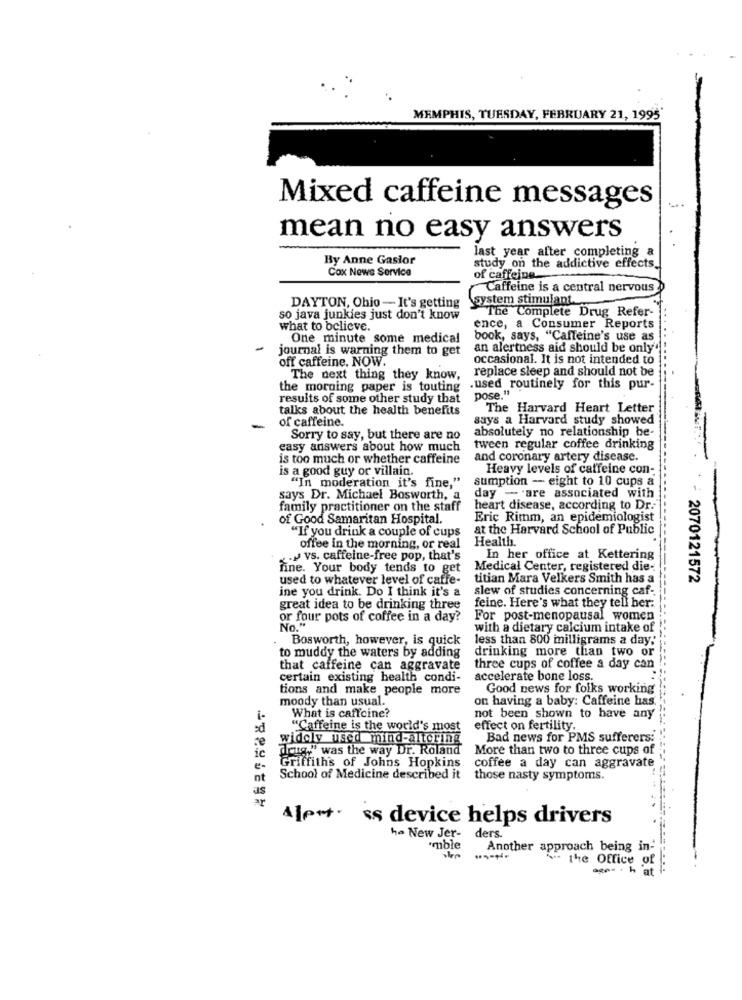
MEMPHIS, TUESDAY, FEBRUARY 21, 1995'
Mixed caffeine messages
mean no easy answers
last year after completing a
By Anne Gasior
Cox News Service
study on the addictive effects.
of caffeine.
Caffeine is a central nervous
system stimulant.
DAYTON, Ohio - It's getting
The Complete Drug Refer-
so java junkies just don't know
what to believe.
ence, a Consumer Reports
One minute some medical
book, says, "Caffeine's use as
-
journal is warning them to get
an alertness aid should be only"
off caffeine. NOW.
occasional. It is not intended to
replace sleep and should not be
The next thing they know,
the morning paper is touting
.used routinely for this pur-
results of some other study that
pose."
talks about the health benefits
The Harvard Heart Letter
of caffeine.
says a Harvard study showed
-
absolutely no relationship be-
Sorry to say, but there are no
easy answers about how much
tween regular coffee drinking
is too much or whether caffeine
and coronary artery disease.
is a good guy or villain.
Heavy levels of caffeine con-
"In moderation it's fine,"
sumption - eight to 10 cups a
says Dr. Michael Bosworth, a
day - are associated with
family practitioner on the staff
heart disease, according to Dr .-
of Good Samaritan Hospital.
Eric Rimm, an epidemiologist
"If you drink a couple of cups
at the Harvard School of Public
Health.
offee in the morning, or real
. vs. caffeine-free pop, that's
In her office at Kettering
fine. Your body tends to get
Medical Center, registered die-
used to whatever level of caffe-
titian Mara Velkers Smith has a
* : 2070121572
ine you drink. Do I think it's a
slew of studies concerning caf-
feine. Here's what they tell her:
great idea to be drinking three
or four pots of coffee in a day?
For post-menopausal women
with a dietary calcium intake of
Bosworth, however, is quick
less than 800 mmilligrams a day;
drinking more than two or
to muddy the waters by adding
that caffeine can aggravate
three cups of coffee a day can
certain existing health condi-
accelerate bone loss.
tions and make people more
Good news for folks working
moody than usual.
on having a baby: Caffeine has.
1-
What is caffeine?
not been shown to have any
"Caffeine is the world's most
effect on fertility.
widely used mind-altering
Bad news for PMS sufferers:
drug," was the way Dr. Roland
More than two to three cups of
coffee a day can aggravate
Griffith's of Johns Hopkins
nt
School of Medicine described it
those nasty symptoms.
as
ar
4|p+t. ss device helps drivers
ha New Jer-
ders.
i'mble
Another approach being in-
the Office of
-- - h at